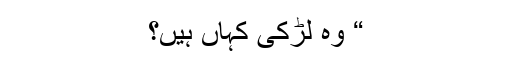
“ وہ لڑکی کہاں ہیں؟